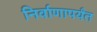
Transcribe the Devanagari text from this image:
निर्वाणापर्यंत